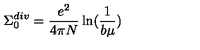
\Sigma _ { 0 } ^ { d i v } = \frac { e ^ { 2 } } { 4 \pi N } \ln ( \frac { 1 } { b \mu } )